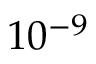
1 0 ^ { - 9 }